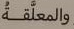
والمعلقة